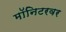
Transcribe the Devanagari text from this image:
मॉनिटरवर